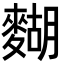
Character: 𪍒